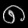
Digit: ၈